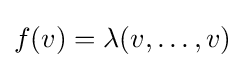
f(v)=\lambda (v,\dots ,v)